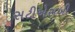
સટીએસબી